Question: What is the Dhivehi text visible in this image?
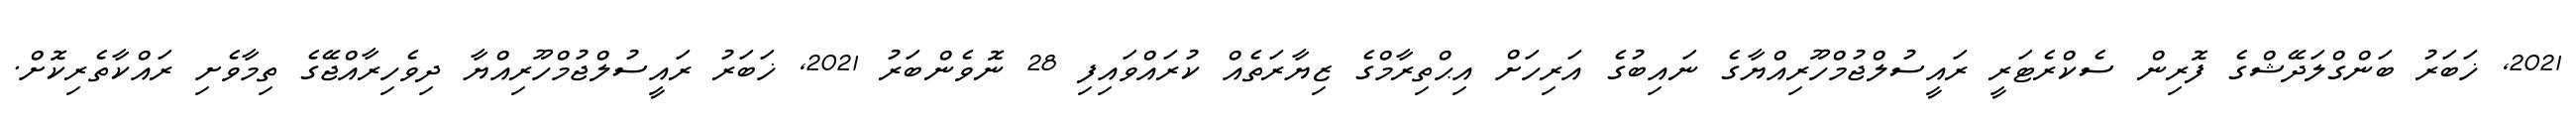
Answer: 2021, ޚަބަރު ބަންގްލަދޭޝްގެ ފޮރިން ސެކްރެޓަރީ ރައީސުލްޖުމްހޫރިއްޔާގެ ނައިބުގެ އަރިހަށް އިޙްތިރާމްގެ ޒިޔާރަތެއް ކުރައްވައިފި 28 ނޮވެންބަރު 2021, ޚަބަރު ރައީސުލްޖުމްހޫރިއްޔާ ދިވެހިރާއްޖޭގެ ތިމާވެށި ރައްކާތެރިކޮށް.